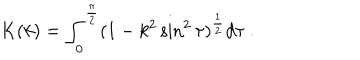
LaTeX: K ( k ) = \int _ { 0 } ^ { \frac { \pi } { 2 } } ( 1 - k ^ { 2 } \sin ^ { 2 } \tau ) ^ { \frac { 1 } { 2 } } d \tau \ .